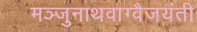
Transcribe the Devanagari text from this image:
मञ्जुनाथवाग्वैजयंती